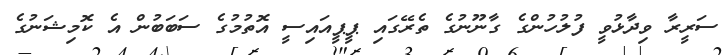
ސަރީރާ ވިދާޅުވީ ފުލުހުންގެ ގާނޫނުގެ ތެރޭގައި ޕީޕީއައިސީ އޮތުމުގެ ސަބަބުން އެ ކޮމިޝަނުގެ